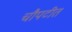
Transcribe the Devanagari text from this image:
चौपटीत